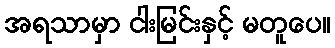
အရသာမှာ ငါးမြင်းနှင့် မတူပေ။